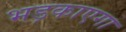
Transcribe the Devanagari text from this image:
भड़काएगा